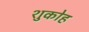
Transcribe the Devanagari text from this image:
शुकोह